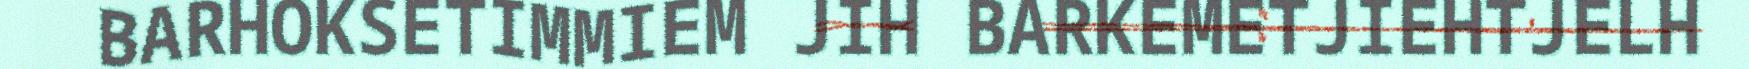
BARHOKSETIMMIEM JIH BARKEMETJIEHTJELH